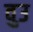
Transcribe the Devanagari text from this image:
वुउ